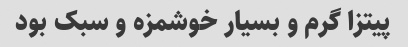
پیتزا گرم و بسیار خوشمزه و سبک بود